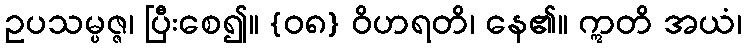
ဥပသမ္ပဇ္ဇ၊ ပြီးစေ၍။ {၀၈} ဝိဟရတိ၊ နေ၏။ ဣတိ အယံ၊